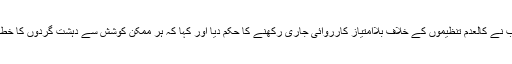
اجلاس میں وزیر اعلیٰ پنجاب نے کالعدم تنظیموں کے خلاف بلاامتیاز کارروائی جاری رکھنے کا حکم دیا اور کہا کہ ہر ممکن کوشش سے دہشت گردوں کا خطے سے صفایا کیا جائے گا۔